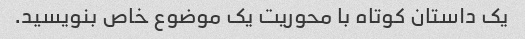
یک داستان کوتاه با محوریت یک موضوع خاص بنویسید.